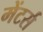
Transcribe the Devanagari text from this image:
मेंटर्स